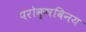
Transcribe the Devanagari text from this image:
परोक्षविनय